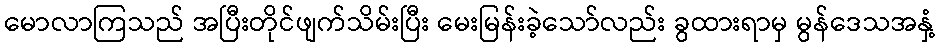
မောလာကြသည် အပြီးတိုင်ဖျက်သိမ်းပြီး မေးမြန်းခဲ့သော်လည်း ခွထားရာမှ မွန်ဒေသအနှံ့